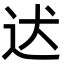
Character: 迖